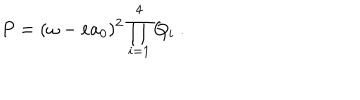
P = ( \omega - e a _ { 0 } ) ^ { 2 } \prod _ { i = 1 } ^ { 4 } Q _ { i } \ .